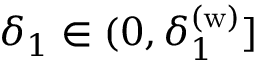
\delta _ { 1 } \in ( 0 , \delta _ { 1 } ^ { \mathrm { ( w ) } } ]